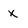
Character: X